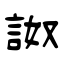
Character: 詉